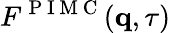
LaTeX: F^{\mathrm{~P~I~M~C~}}(\mathbf{q},\tau)